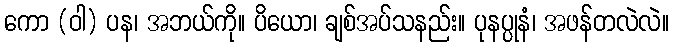
ကော (ဝါ) ပန၊ အဘယ်ကို။ ပိယော၊ ချစ်အပ်သနည်း။ ပုနပ္ပုနံ၊ အဖန်တလဲလဲ။